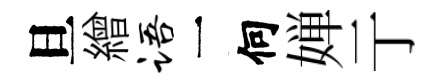
旦繒语一何婵亍